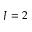
J = 2